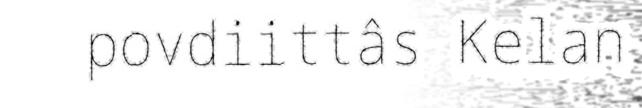
povdiittâs Kelan